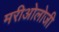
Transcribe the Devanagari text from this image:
मरीओलोजी